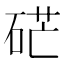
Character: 硭